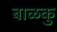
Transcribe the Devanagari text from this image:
बाळकु